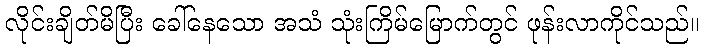
လိုင်းချိတ်မိပြီး ခေါ်နေသော အသံ သုံးကြိမ်မြောက်တွင် ဖုန်းလာကိုင်သည်။